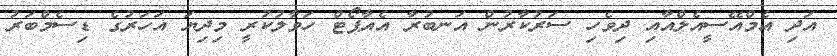
އަދި އެމްއޭސީއެލްއާއި ދިވެހި ސަރުކާރުން އަނބުރާ އެއާޕޯޓް ހަވާލުކުރީ މިދިޔަ އަހަރުގެ ޑިސެމްބަރު